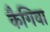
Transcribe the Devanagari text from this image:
कैगिवा